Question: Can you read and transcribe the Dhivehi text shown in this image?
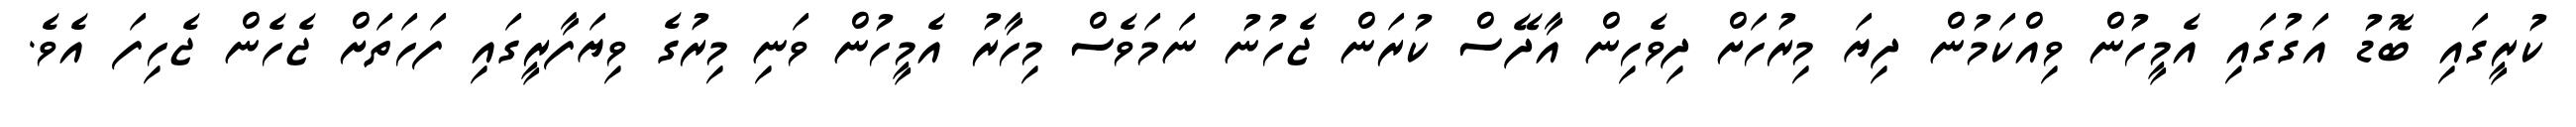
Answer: ކުރީގައި ބޮޑު އަގުގައި އެމީހުން ވިއްކަމުން ދިޔަ މިރުހަށް ދިވެހިން އާދޭސް ކުރަން ޖެހުނު ނަމަވެސް މިހާރު އެމީހުން ވަނި މިރުގެ ވިޔަފާރީގައި ފަހަތަށް ޖެހެން ޖެހިފަ އެވެ.